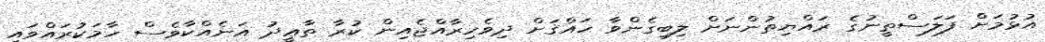
އުޅުމަށް ފަލަސްތީނުގެ ރައްޔިތުންނަށް ލިބިގެންވާ ހައްޤަށް ދިވެހިރާއްޖެއިން ކުރާ ތާޢީދު އަނެއްކާވެސް ހާމަކުރައްވައި